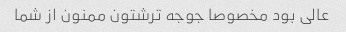
عالی بود مخصوصا جوجه ترشتون ممنون از شما